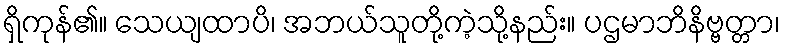
ရှိကုန်၏။ သေယျထာပိ၊ အဘယ်သူတို့ကဲ့သို့နည်း။ ပဌမာဘိနိဗ္ဗတ္တာ၊